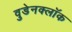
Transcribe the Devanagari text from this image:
वुडेनक्लॉक